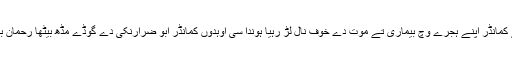
جدوں رات نوں وڈیاں سو جاندیاں تے کمانڈر اپنے ہجرے وچ بیماری تے موت دے خوف نال لڑ رہیا ہوندا سی اوہدوں کمانڈر ابو ضرارنکی دے گوڈے مڈھ بیٹھا رحمان بابا دے عشقہ شعر پڑھ دا ہوندے سی ۔